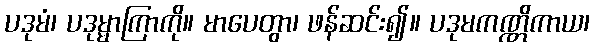
ပဒုမံ၊ ပဒုမ္မာကြာကို။ မာပေတွာ၊ ဖန်ဆင်း၍။ ပဒုမကဏ္ဏိကာယ၊